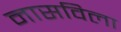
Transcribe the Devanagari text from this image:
नासविला